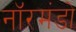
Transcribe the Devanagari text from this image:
नॉरमंडो